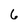
Character: 6